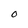
Character: 0